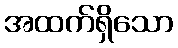
အထက်ရှိသော